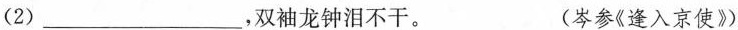
(2)___，双袖龙钟泪不干。 (岑参《逢入京使》)